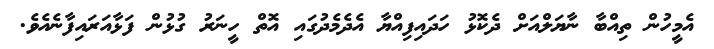
އެމީހުން ތިއްބާ ނާޔަލްއަށް ދެކޮޅު ހަދައިފިއްޔާ އެދެމެދުގައި އޮތް ހީނަރު ގުޅުން ފަޅާއަރައިފާނެއެވެ.